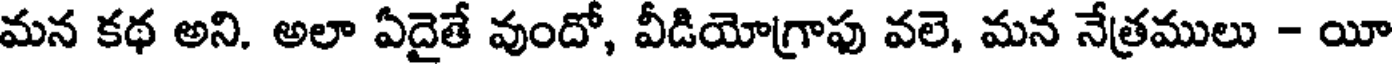
మన కథ అని. అలా ఏదైతే వుందో, వీడియోగ్రాఫు వలె, మన నేత్రములు - యీ